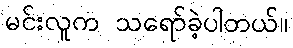
မင်းလူက သရော်ခဲ့ပါတယ်။